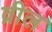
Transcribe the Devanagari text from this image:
व्रील